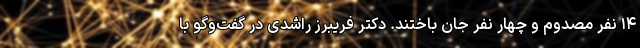
۱۴ نفر مصدوم و چهار نفر جان باختند. دکتر فریبرز راشدی در گفت‌وگو با